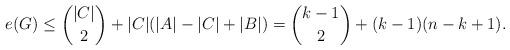
LaTeX: \begin{align*}e(G)\le\binom{|C|}{2}+|C|(|A|-|C|+|B|)=\binom{k-1}{2}+(k-1)(n-k+1).\end{align*}